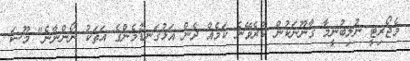
މެޖޯރިޓީ ނުލިބުނީމާ ގާނޫނަކުން ކުރެވޭނެ ކަމެއް ދެން އަޅުގަނޑުމެންގެ އަތަކު ނޯންނާނެ" މޫސަ